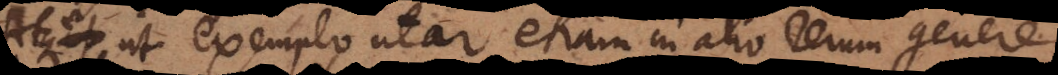
ut exemplo utar etiam in alio rerum gener